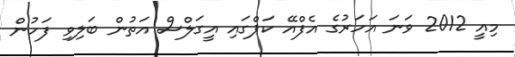
މިއީ 2012 ވަނަ އަހަރުގެ އެފްއޭ ކަޕްގައި އީގަލްސް އަތުން ބަލިވި ފަހުން